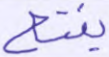
يفتح